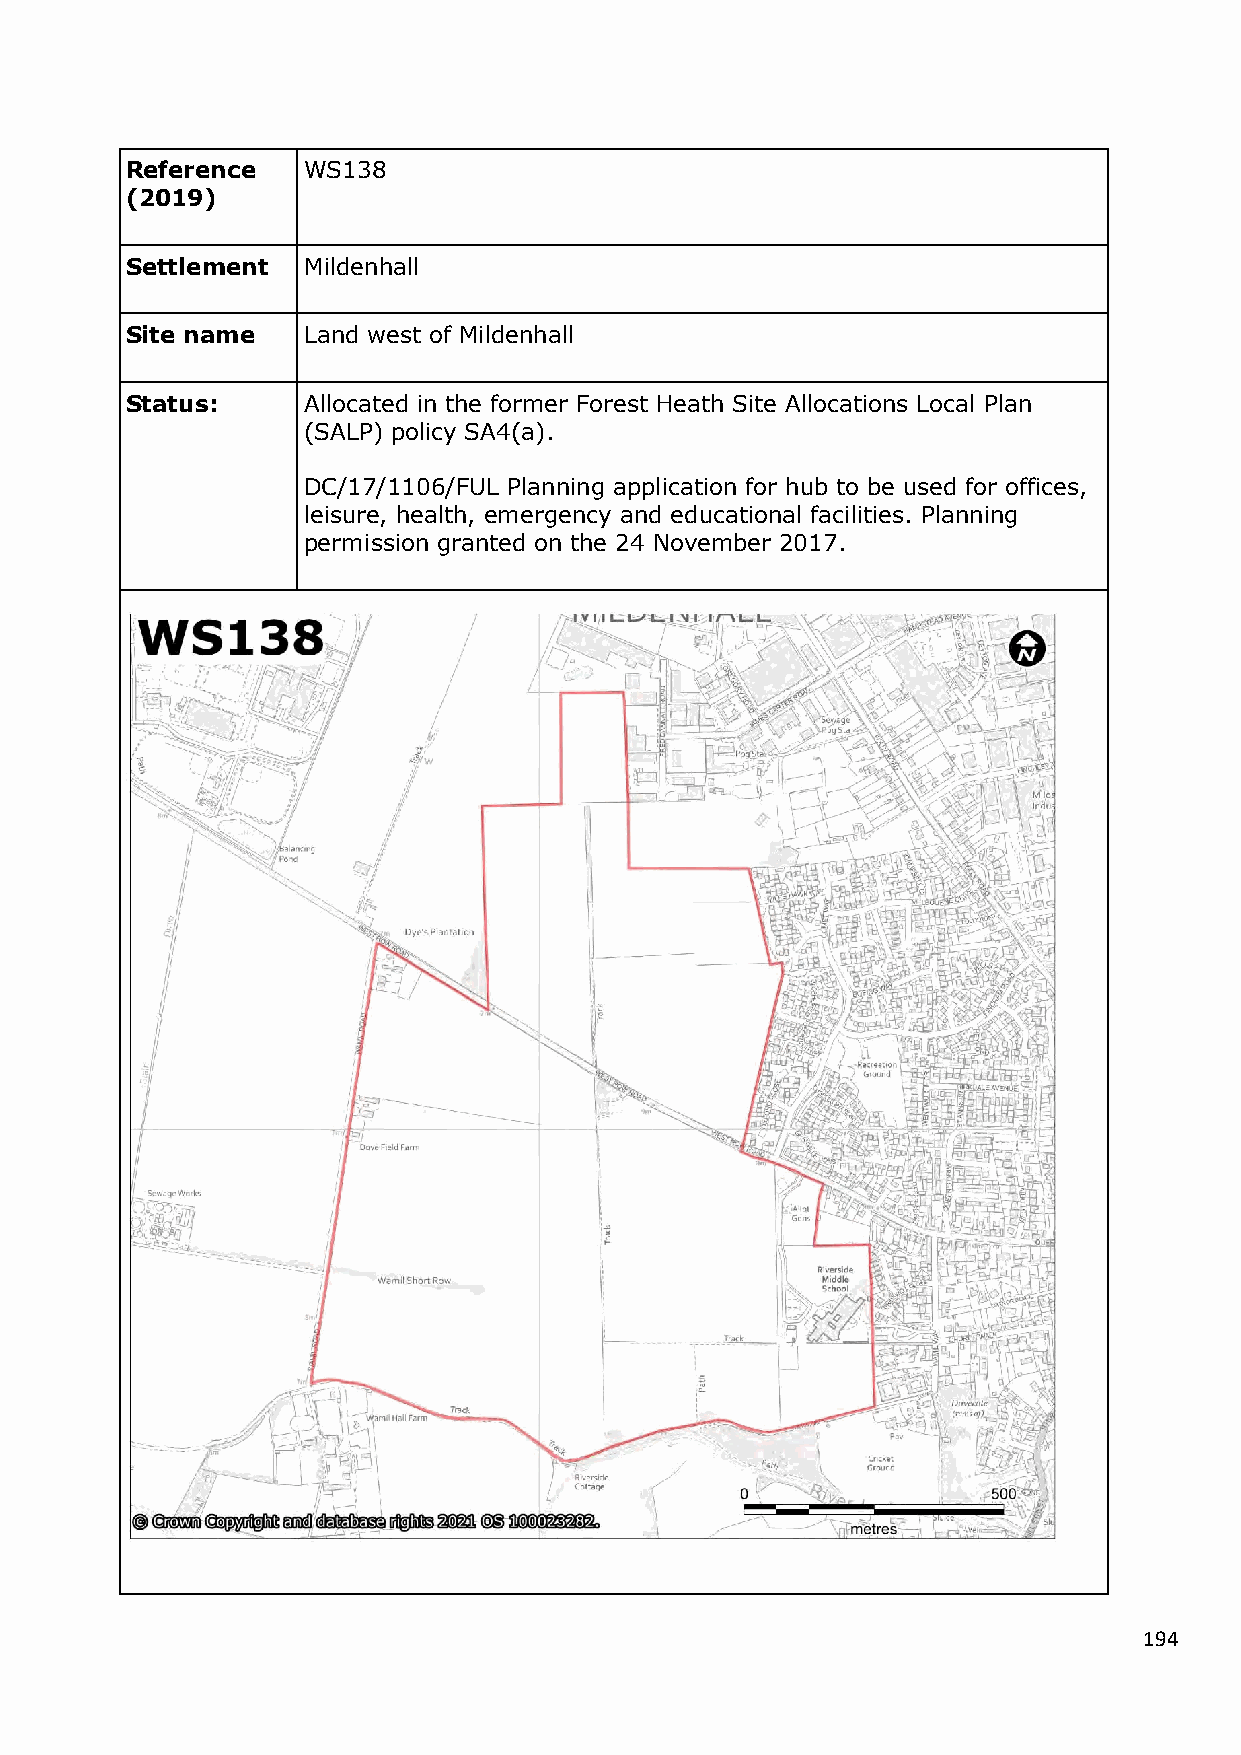
Reference   WS138
 (2019)
 Settlement  Mildenhall
 Site name   Land west of Mildenhall
 Status:     Allocated in the former Forest Heath Site Allocations Local Plan
 (SALP) policy SA4(a).
 DC/17/1106/FUL Planning application for hub to be used for offices,
 leisure, health, emergency and educational facilities. Planning
 permission granted on the 24 November 2017.
 194